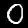
Label: 0